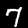
Digit: 7